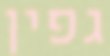
גפין